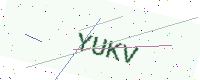
Text: YUKV